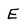
Character: E